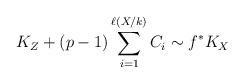
LaTeX: \begin{align*}K_Z + (p-1) \sum_{i=1}^{\ell(X/k)} C_i \sim f^*K_X\end{align*}